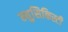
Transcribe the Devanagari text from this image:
म्युसिकिस्टी